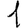
Digit: 1